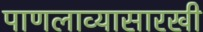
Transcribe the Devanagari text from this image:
पाणलाव्यासारखी